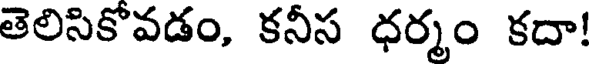
తెలిసికొవడం, కనీస ధర్మం కదా!